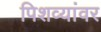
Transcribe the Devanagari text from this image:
पिशव्यांवर